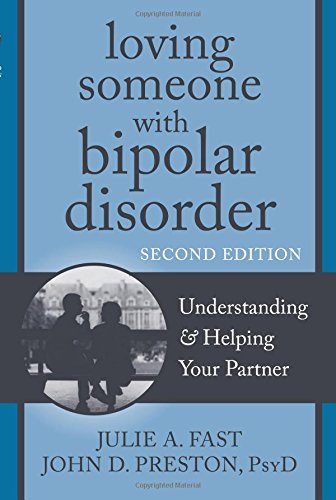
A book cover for Loving Someone with Bipolar Disorder: Understanding and Helping Your Partner (The New Harbinger Loving Someone Series); Julie A. Fast; Health, Fitness & Dieting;